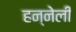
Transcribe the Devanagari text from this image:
हन्नेली